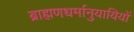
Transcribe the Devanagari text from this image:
ब्राह्मणधर्मानुयायियों